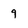
Character: 9